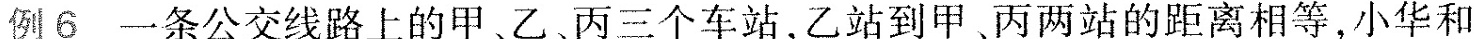
例6一条公交线路上的甲、乙、丙三个车站，乙站到甲、丙两站的距离相等，小华和